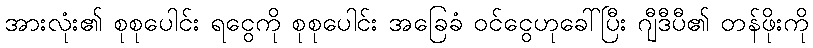
အားလုံး၏ စုစုပေါင်း ရငွေကို စုစုပေါင်း အခြေခံ ဝင်ငွေဟုခေါ်ပြီး ဂျီဒီပီ၏ တန်ဖိုးကို